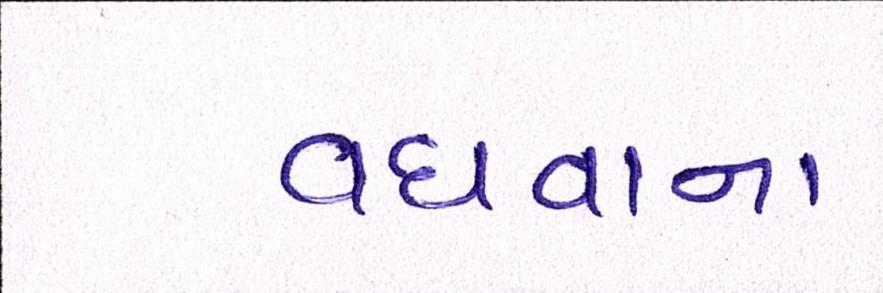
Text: વધવાના